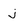
Character: j